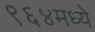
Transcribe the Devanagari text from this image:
९६४मध्ये